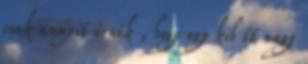
csak annyit irnék , hogy egy kib tt nagy